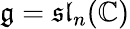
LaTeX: {\mathfrak{g}}={\mathfrak{sl}}_{n}(\mathbb{C})